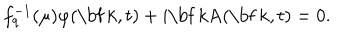
f _ { q } ^ { - 1 } ( \mu ) \varphi ( \mathrm { \bf ~ k } , t ) + i \mathrm { \bf ~ k A } ( \mathrm { \bf ~ k } , t ) = 0 .